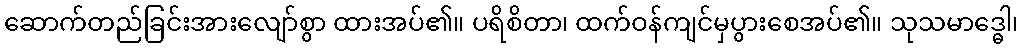
ဆောက်တည်ခြင်းအားလျော်စွာ ထားအပ်၏။ ပရိစိတာ၊ ထက်ဝန်ကျင်မှပွားစေအပ်၏။ သုသမာဒ္ဓေါ၊